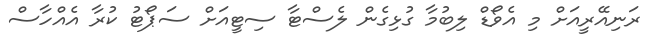
ރަނިއޭރީއަށް މި އެވޯޑް ލިބުމާ ގުޅިގެން ލެސްޓާ ސިޓީއަށް ސަޕޯޓު ކުރާ އެއްހާސް